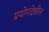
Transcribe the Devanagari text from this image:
प्रयोगदेखील